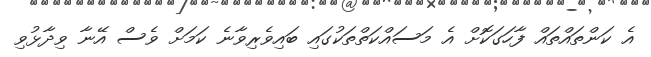
އެ ކަންތައްތައް ފާހަގަކޮށް އެ މަސައްކަތްތަކުގައި ބައިވެރިވާނެ ކަމަށް ވެސް އޭނާ ވިދާޅުވި